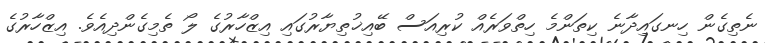
ނެތިގެން ހިނގައިދާނެ ކިތަންމެ ހިތްވަރެއް ކުރިއަސް ބޭއިޚުތިޔާރުގައި އިޒްހާރުގެ ލޯ ތެމިގެންދިއެވެ. އިޒްހާރުގެ